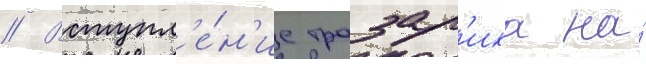
// Вступл'е́н'ие тразар'иха на́